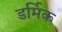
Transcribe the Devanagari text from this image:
डर्मिक